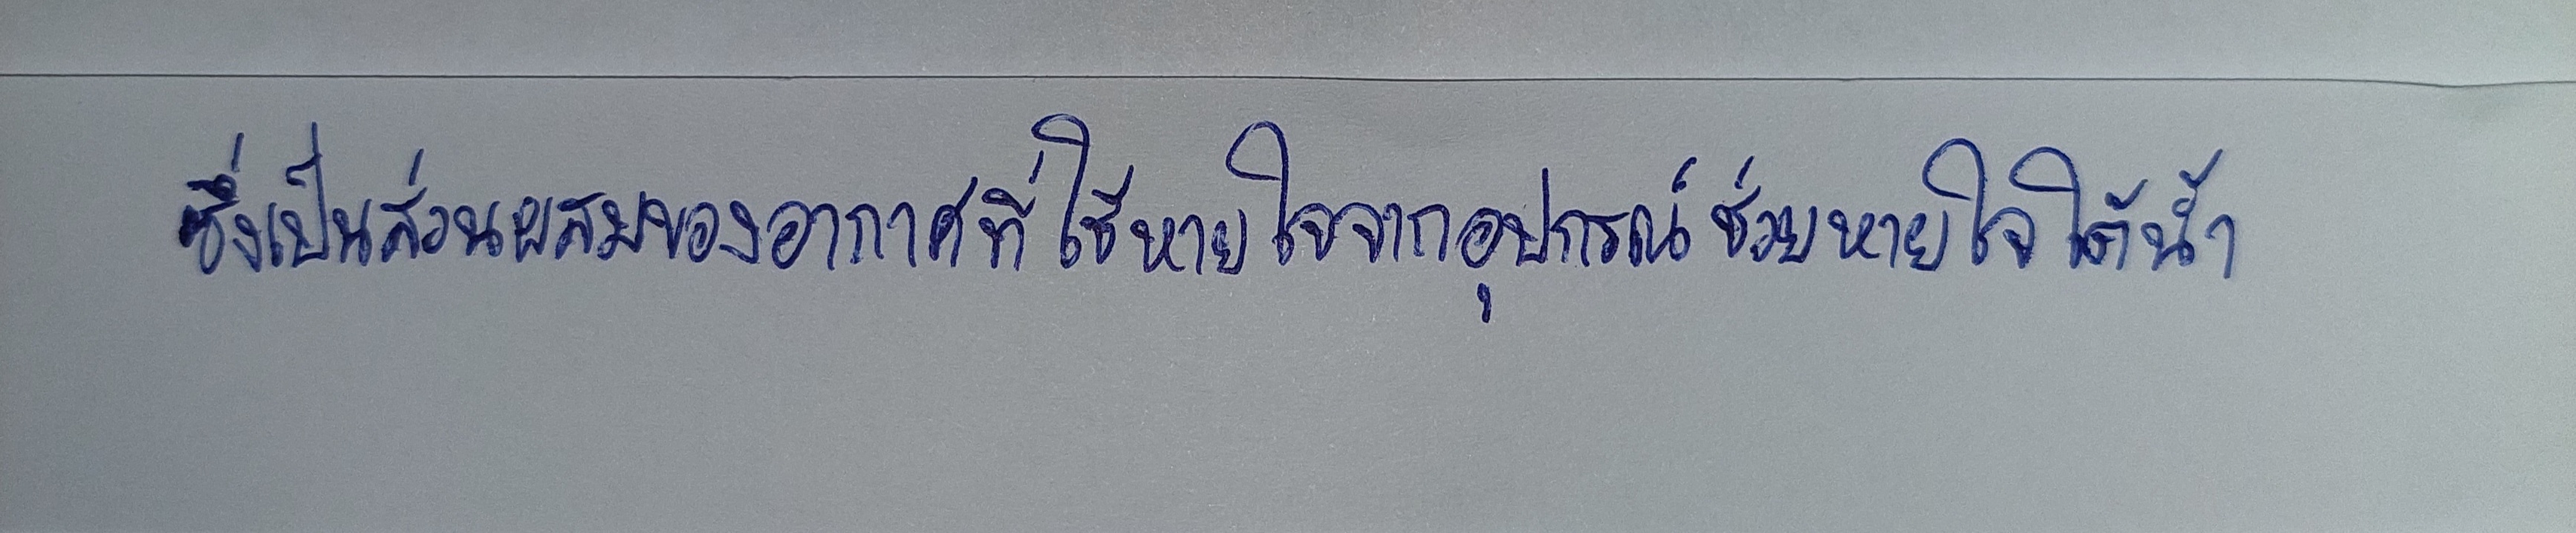
ซึ่งเป็นส่วนผสมของอากาศที่ใช้หายใจจากอุปกรณ์ช่วยหายใจใต้น้ำ